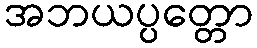
အဘယပ္ပတ္တော